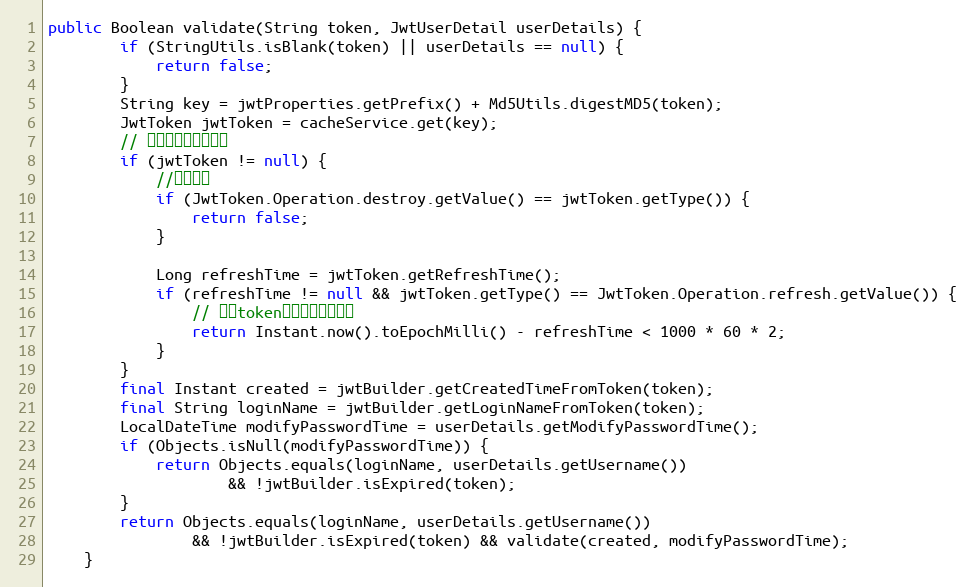
Language: Java
public Boolean validate(String token, JwtUserDetail userDetails) {
        if (StringUtils.isBlank(token) || userDetails == null) {
            return false;
        }
        String key = jwtProperties.getPrefix() + Md5Utils.digestMD5(token);
        JwtToken jwtToken = cacheService.get(key);
        // 判断是否在黑名单中
        if (jwtToken != null) {
            //销毁状态
            if (JwtToken.Operation.destroy.getValue() == jwtToken.getType()) {
                return false;
            }

            Long refreshTime = jwtToken.getRefreshTime();
            if (refreshTime != null && jwtToken.getType() == JwtToken.Operation.refresh.getValue()) {
                // 刷新token二分钟内可以使用
                return Instant.now().toEpochMilli() - refreshTime < 1000 * 60 * 2;
            }
        }
        final Instant created = jwtBuilder.getCreatedTimeFromToken(token);
        final String loginName = jwtBuilder.getLoginNameFromToken(token);
        LocalDateTime modifyPasswordTime = userDetails.getModifyPasswordTime();
        if (Objects.isNull(modifyPasswordTime)) {
            return Objects.equals(loginName, userDetails.getUsername())
                    && !jwtBuilder.isExpired(token);
        }
        return Objects.equals(loginName, userDetails.getUsername())
                && !jwtBuilder.isExpired(token) && validate(created, modifyPasswordTime);
    }